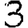
Digit: 3